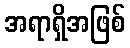
အရာရှိအဖြစ်